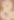
&